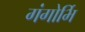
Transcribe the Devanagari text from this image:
गंगोर्भि